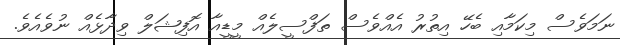
ނަމަވެސް މިކަމާއި ބެހޭ އިތުރު އެއްވެސް ތަފްސީލެއް މީޑީއާ އޮފިޝަލް ވިދާޅެއް ނުވެއެވެ.